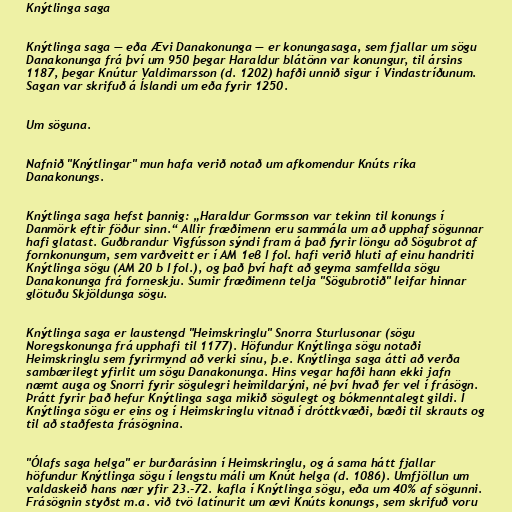
Knýtlinga saga

Knýtlinga saga — eða Ævi Danakonunga — er konungasaga, sem fjallar um sögu
Danakonunga frá því um 950 þegar Haraldur blátönn var konungur, til ársins
1187, þegar Knútur Valdimarsson (d. 1202) hafði unnið sigur í Vindastríðunum.
Sagan var skrifuð á Íslandi um eða fyrir 1250.

Um söguna.

Nafnið "Knýtlingar" mun hafa verið notað um afkomendur Knúts ríka
Danakonungs.

Knýtlinga saga hefst þannig: „Haraldur Gormsson var tekinn til konungs í
Danmörk eftir föður sinn.“ Allir fræðimenn eru sammála um að upphaf sögunnar
hafi glatast. Guðbrandur Vigfússon sýndi fram á það fyrir löngu að Sögubrot af
fornkonungum, sem varðveitt er í AM 1eβ I fol. hafi verið hluti af einu handriti
Knýtlinga sögu (AM 20 b I fol.), og það því haft að geyma samfellda sögu
Danakonunga frá forneskju. Sumir fræðimenn telja "Sögubrotið" leifar hinnar
glötuðu Skjöldunga sögu.

Knýtlinga saga er laustengd "Heimskringlu" Snorra Sturlusonar (sögu
Noregskonunga frá upphafi til 1177). Höfundur Knýtlinga sögu notaði
Heimskringlu sem fyrirmynd að verki sínu, þ.e. Knýtlinga saga átti að verða
sambærilegt yfirlit um sögu Danakonunga. Hins vegar hafði hann ekki jafn
næmt auga og Snorri fyrir sögulegri heimildarýni, né því hvað fer vel í frásögn.
Þrátt fyrir það hefur Knýtlinga saga mikið sögulegt og bókmenntalegt gildi. Í
Knýtlinga sögu er eins og í Heimskringlu vitnað í dróttkvæði, bæði til skrauts og
til að staðfesta frásögnina.

"Ólafs saga helga" er burðarásinn í Heimskringlu, og á sama hátt fjallar
höfundur Knýtlinga sögu í lengstu máli um Knút helga (d. 1086). Umfjöllun um
valdaskeið hans nær yfir 23.-72. kafla í Knýtlinga sögu, eða um 40% af sögunni.
Frásögnin styðst m.a. við tvö latínurit um ævi Knúts konungs, sem skrifuð voru